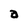
Character: a